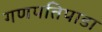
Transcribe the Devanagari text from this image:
गणपतिपाडा